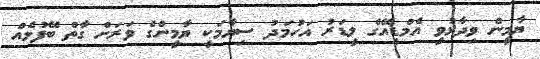
ޔާމީން ވިދާޅުވީ އެމްޑީއޭގެ ލީޑަރު އަހުމަދު ސިޔާމަކީ ޔާމީންގެ ވަރަށް ގާތް ބޭފުޅެއް